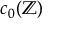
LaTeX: c _ { 0 } ( \mathbb { Z } )